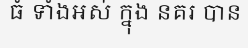
ធំ ទាំងអស់ ក្នុង នគរ បាន